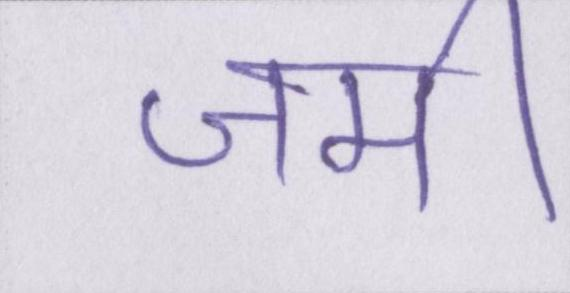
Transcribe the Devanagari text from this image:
जमी